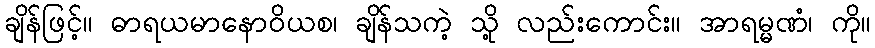
ချိန်ဖြင့်။ ဓာရယမာနောဝိယစ၊ ချိန်သကဲ့ သို့ လည်းကောင်း။ အာရမ္မဏံ၊ ကို။